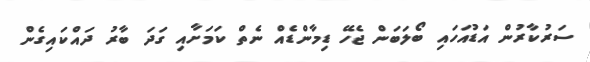
ސަރުކާރުން އަޑުއަހައި ބޯލަބަން ޖެހޭ ޑިމާންޑެއް ނެތް ކަމަށާއި ގަދަ ބާރު ދައްކައިގެން